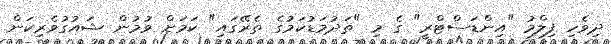
ދިވެހި ފިލްމު "އިންޑަސްޓްރީ" ގެ މި "ތަދުމަޑުކަމުގެ ތެރޭގައި" ކަމަށް ވުމުން ޝައުގުވެރިކަން